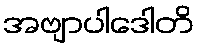
အဗျာပါဒေါတိ